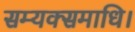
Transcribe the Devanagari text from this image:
सम्यक्समाधि।